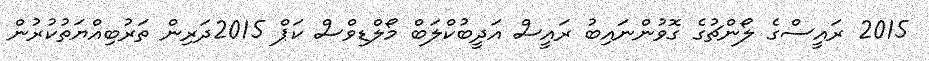
2015 ރައީސްގެ ލޯންޗުގެ ގޮވުންނައިބު ރައީސް އަދީބުކްލަބް މޯލްޑިވްސް ކަޕް 2015ދަރިން ތަރުބިއްޔަތުކުރުން